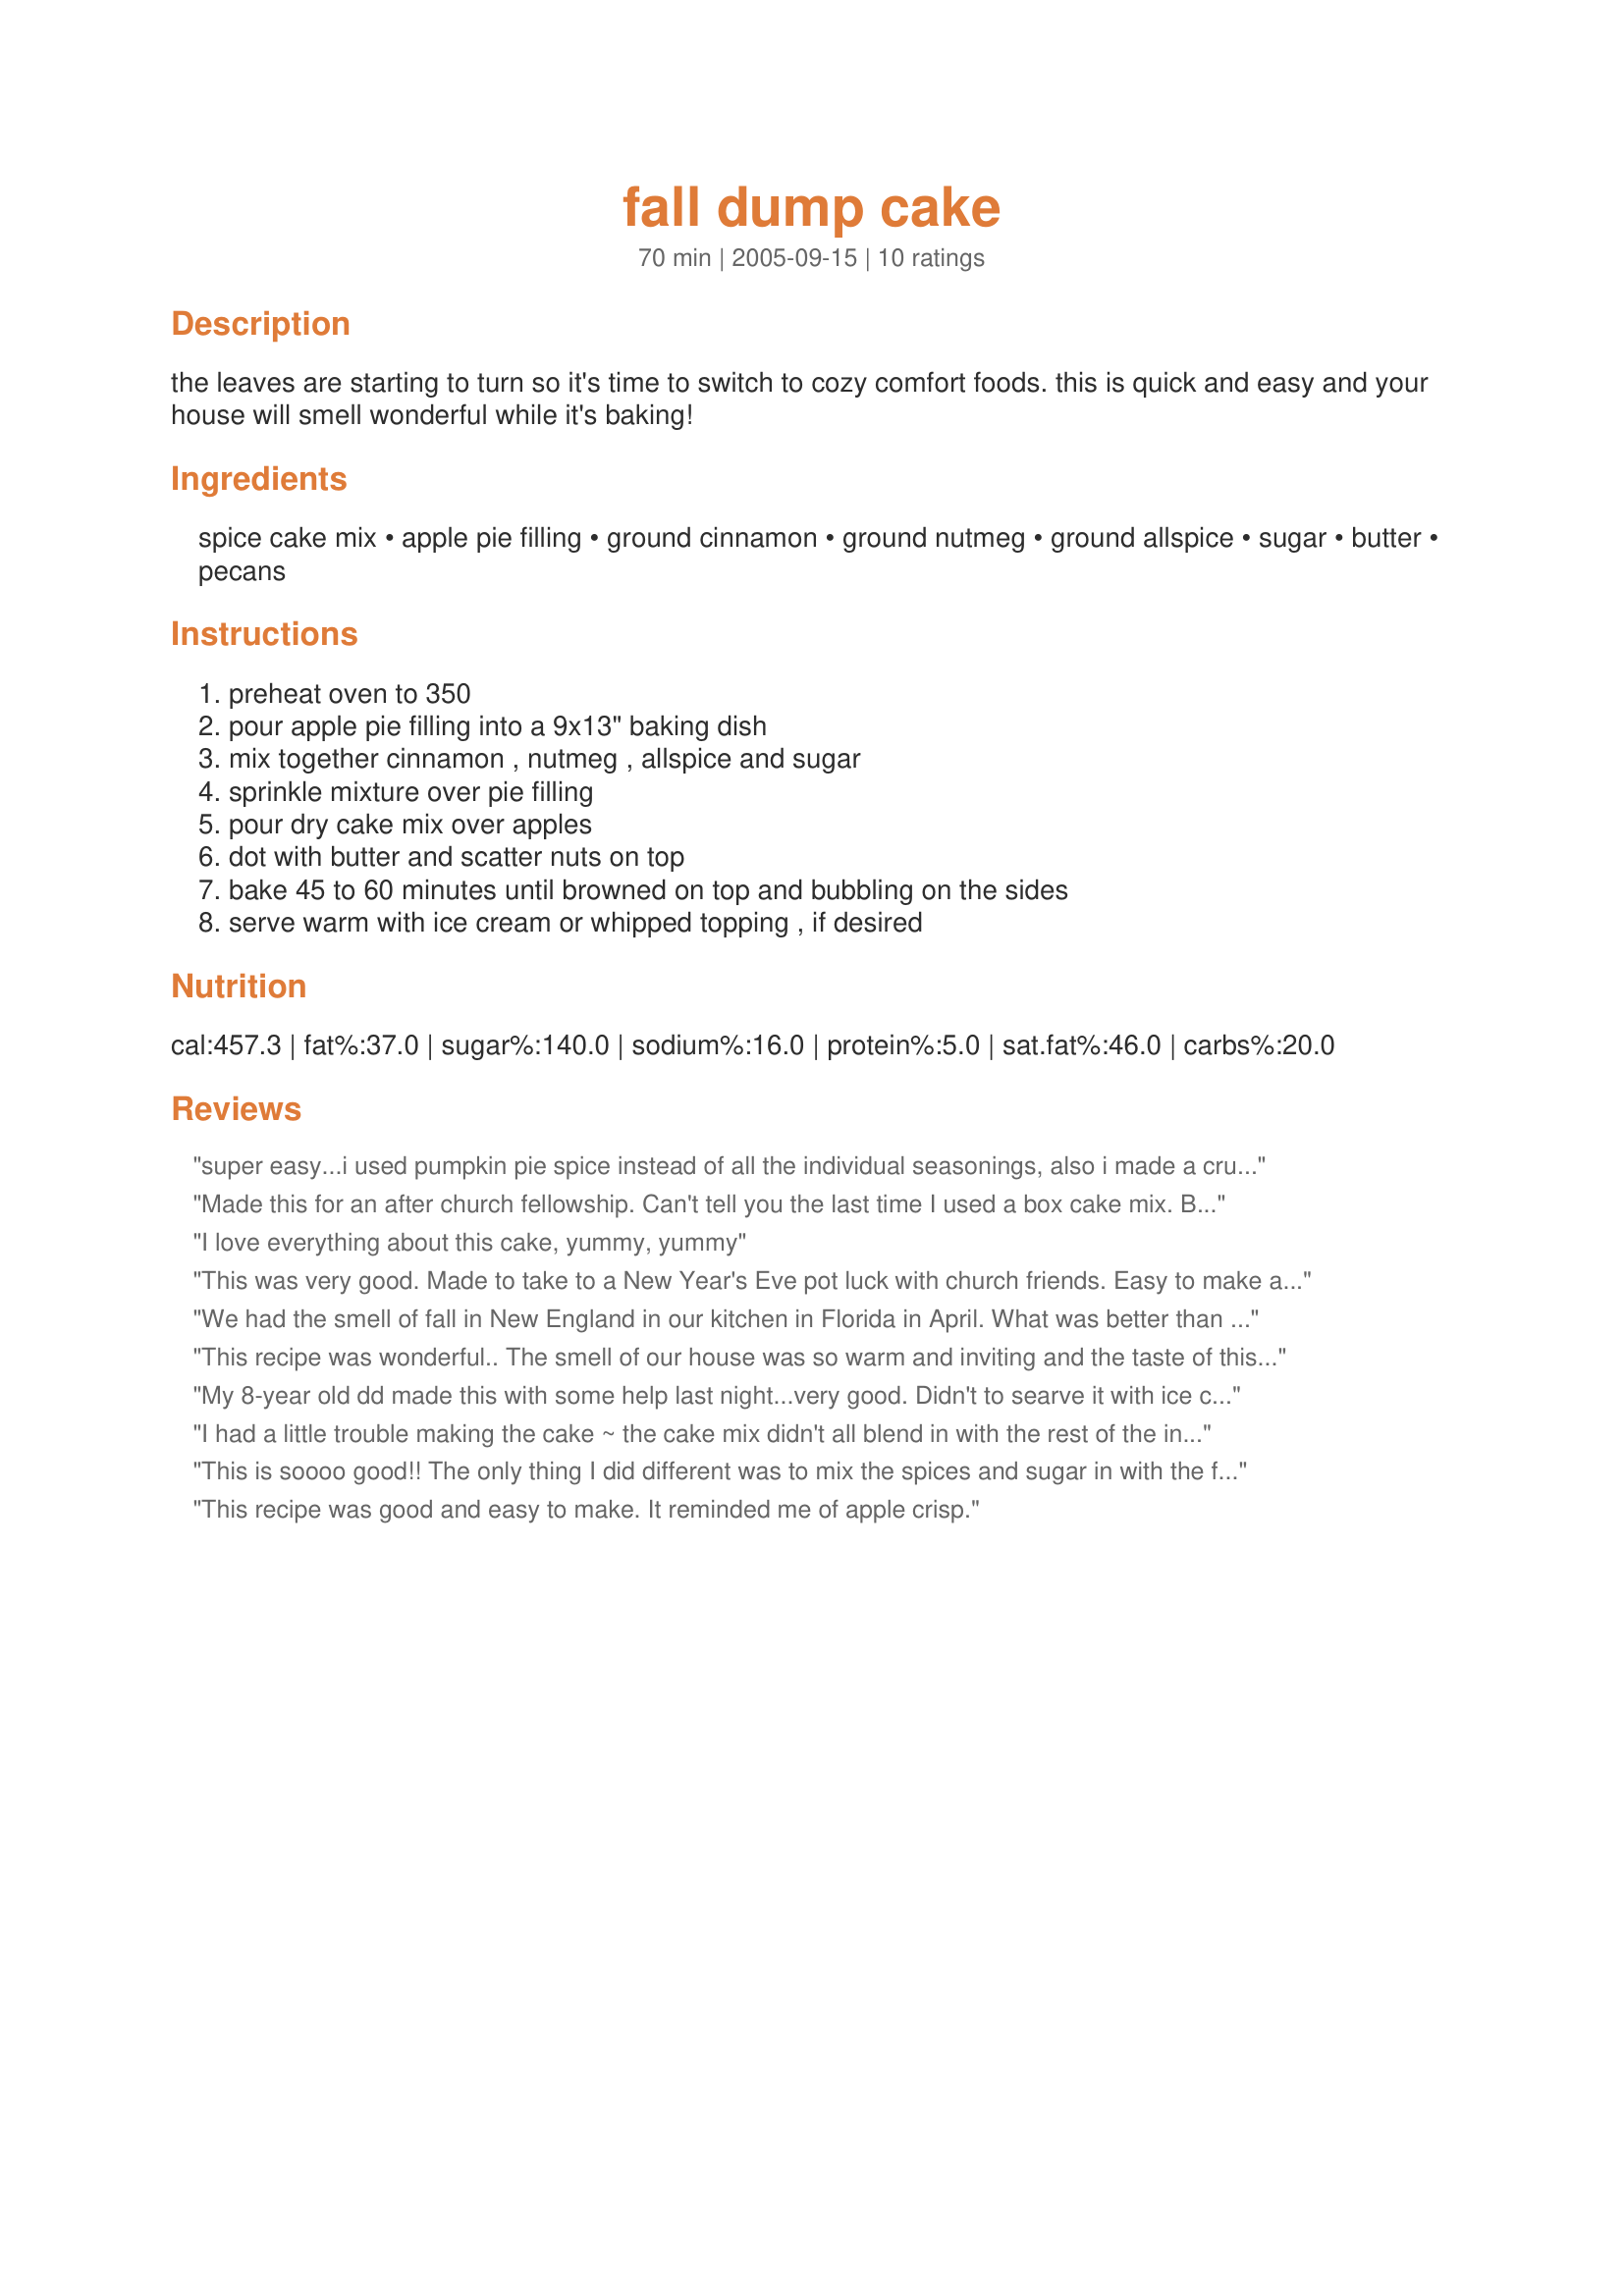
fall dump cake
Preparation time: 70 minutes

the leaves are starting to turn so it's time to switch to cozy comfort foods. this is quick and easy and your house will smell wonderful while it's baking!

Ingredients:
spice cake mix, apple pie filling, ground cinnamon, ground nutmeg, ground allspice, sugar, butter, pecans

Steps:
preheat oven to 350, pour apple pie filling into a 9x13" baking dish, mix together cinnamon , nutmeg , allspice and sugar, sprinkle mixture over pie filling, pour dry cake mix over apples, dot with butter and scatter nuts on top, bake 45 to 60 minutes until browned on top and bubbling on the sides, serve warm with ice cream or whipped topping , if desired

Reviews:
super easy...i used pumpkin pie spice instead of all the individual seasonings, also i made a crumb mixture with the cake mix, spice, butter & nuts, so that it all combined well and it turned out great...make the house smell yummy, very rich dessert!
Made this for an after church fellowship. Can't tell you the last time I used a box cake mix. But everything came together very nicely with this recipe. In fact, everyone enjoyed it and there was no leftovers. Oh, and I used walnuts instead of pecans cause thats what I had in the pantry! Made for week 3, 2010 football pool.
I love everything about this cake, yummy, yummy
This was very good. Made to take to a New Year's Eve pot luck with church friends. Easy to make and great flavors. Perfect dump cake for the colder weather. Thanks for posting ElaineAnn - made for your FOOTBALL POOL WIN, December 2010!
We had the smell of fall in New England in our kitchen in Florida in April. What was better than the smell was the taste, will make again.
This recipe was wonderful.. The smell of our house was so warm and inviting and the taste of this cake is unbelievable. I served it with whipcream and what a hit :)

Thank you elaineann for a recipe that will be made again and again.. So easy to put together and 5 stars plus. Great recipe!!
My 8-year old dd made this with some help last night...very good. Didn't to searve it with ice cream or topping...good just the way it is. DD is so proud of herself!
I had a little trouble making the cake ~ the cake mix didn't all blend in with the rest of the ingredients. Other than that, it was very easy to put together. The taste was great even with extra cake mix on top and the house did smell wonderful while it was baking. Thanks for posting!
This is soooo good!! The only thing I did different was to mix the spices and sugar in with the filling. Thanks for an easy and great recipe.
This recipe was good and easy to make. It reminded me of apple crisp.
